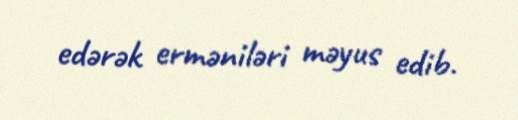
edərək erməniləri məyus edib.